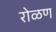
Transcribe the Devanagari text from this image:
रोळण